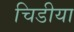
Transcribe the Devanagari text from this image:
चिडीया